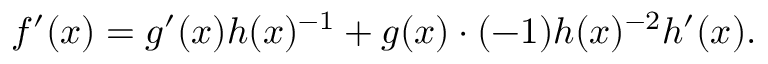
f ^ { \prime } ( x ) = g ^ { \prime } ( x ) h ( x ) ^ { - 1 } + g ( x ) \cdot ( - 1 ) h ( x ) ^ { - 2 } h ^ { \prime } ( x ) .